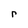
Character: r